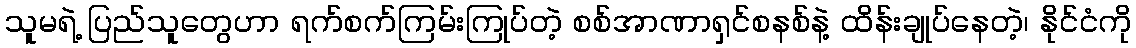
သူမရဲ့ ပြည်သူတွေဟာ ရက်စက်ကြမ်းကြုပ်တဲ့ စစ်အာဏာရှင်စနစ်နဲ့ ထိန်းချုပ်နေတဲ့၊ နိုင်ငံကို